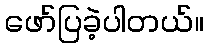
ဖော်ပြခဲ့ပါတယ်။